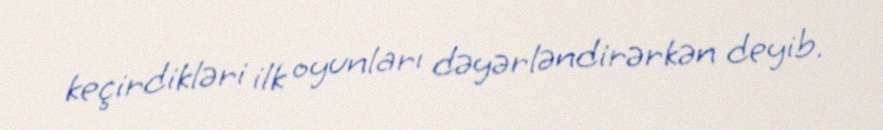
keçirdikləri ilk oyunları dəyərləndirərkən deyib.